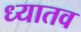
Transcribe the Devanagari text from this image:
ध्यातव